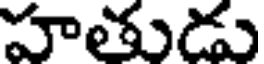
హతుడు